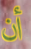
أن